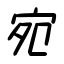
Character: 宛